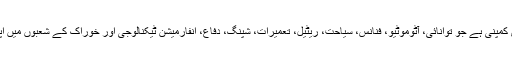
کے او سی ہولڈنگز ترکی کی بڑی کمپنی ہے جو توانائی، آٹوموٹیو، فنانس، سیاحت، ریٹیل، تعمیرات، شپنگ، دفاع، انفارمیشن ٹیکنالوجی اور خوراک کے شعبوں میں اپنی مصنوعات کیلئے معروف ہے۔